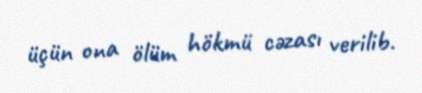
üçün ona ölüm hökmü cəzası verilib.